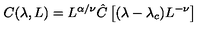
C ( \lambda , L ) = L ^ { \alpha / \nu } \hat { C } \left[ { ( \lambda - \lambda _ { c } ) L ^ { - \nu } } \right]